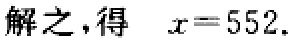
解之，得 \(x = 552\).